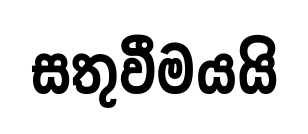
සතුවීමයයි